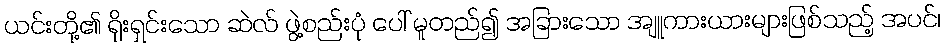
ယင်းတို့၏ ရိုးရှင်းသော ဆဲလ် ဖွဲ့စည်းပုံ ပေါ် မူတည်၍ အခြားသော အျူကားယားများဖြစ်သည့် အပင်၊